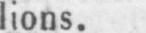
lions.